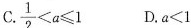
C. $$\frac{1}{2}<a \leqslant 1$$ D.$$a<1$$